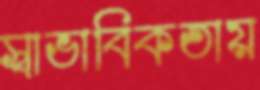
স্বাভাবিকতায়